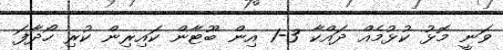
ވަނީ މޮޅު ކުޅުމެއް ދައްކާ 3-1 އިން ބޫޓާން ކައިރިން ކުރި ހޯދާފަ